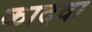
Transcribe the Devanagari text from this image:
कादवा